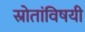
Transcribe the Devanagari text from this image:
स्रोतांविषयी